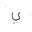
Letter: _ya